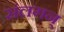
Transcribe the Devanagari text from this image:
संलगन्